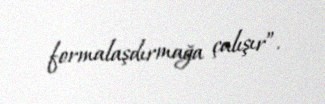
formalaşdırmağa çalışır”.